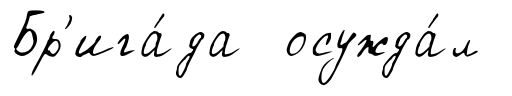
Бр'ига́да осужда́л